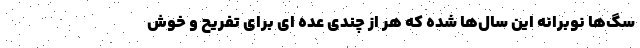
سگ‌ها نوبرانه این سال‌ها شده که هر از چندی عده ای برای تفریح و خوش